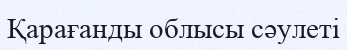
Қарағанды облысы сәулеті